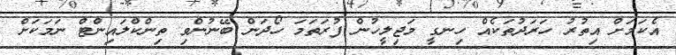
އެކަމަށް އިތުރު ހަރަދުތަކެއް ހިނގީ މަޖިލީހުން ފުރަތަމަ ހޯދަން ބޭނުންވި ތިންކްލައިންޓް ނަމަކަށް